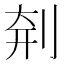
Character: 㓫